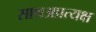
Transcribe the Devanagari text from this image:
साथअप्रत्यक्ष